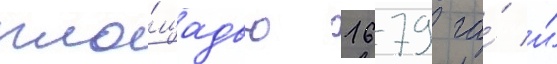
пло́щадью 1679 га́ и́